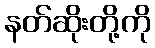
နတ်ဆိုးတို့ကို